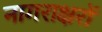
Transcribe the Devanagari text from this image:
नागराक्षरों